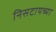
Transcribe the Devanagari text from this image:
निसटायच्या